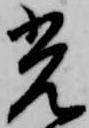
光